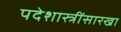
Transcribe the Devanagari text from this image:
पदेशास्त्रींसारखा